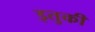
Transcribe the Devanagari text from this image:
इतुकी